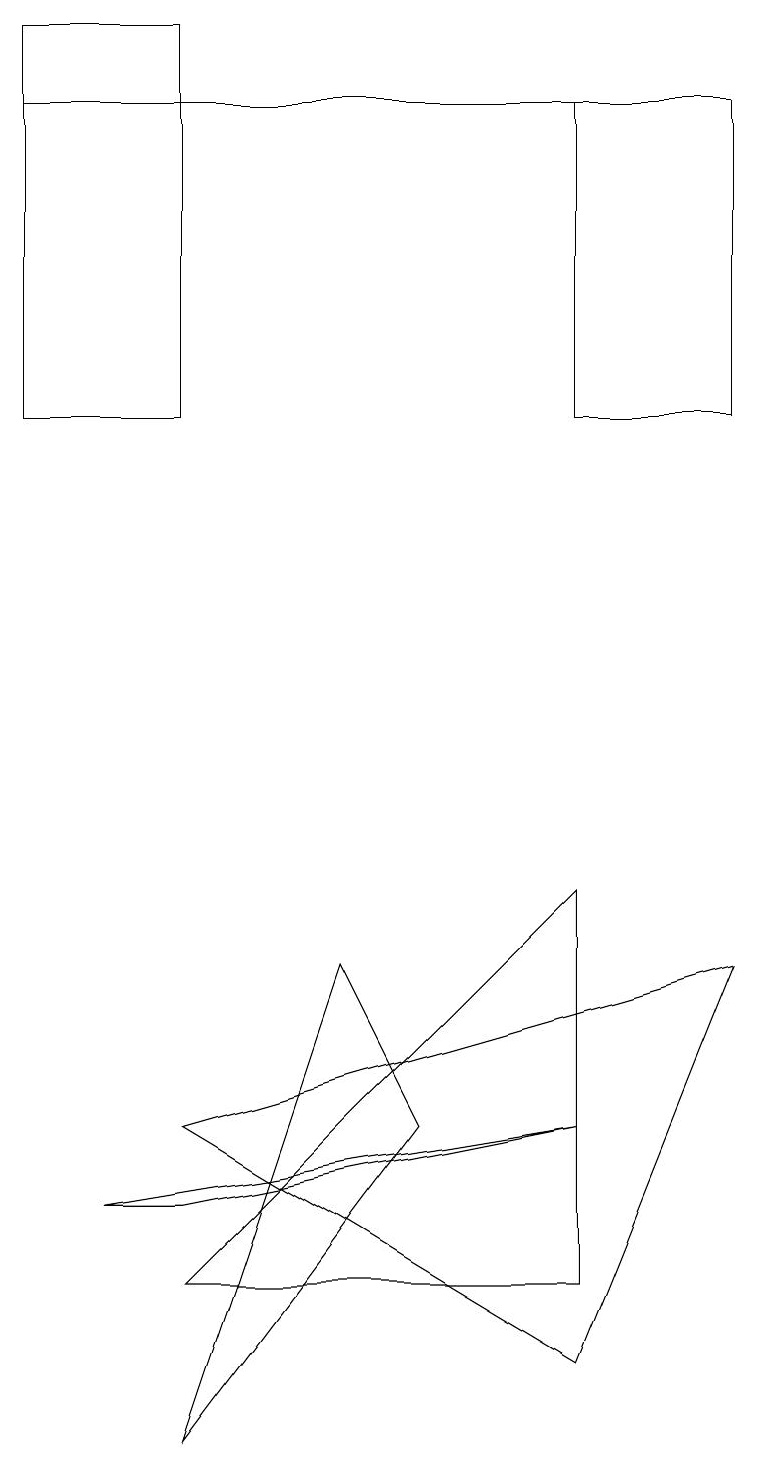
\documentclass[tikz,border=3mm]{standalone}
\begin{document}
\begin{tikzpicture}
\draw (2,14) rectangle (0,19);
\draw (4,7) -- (5,5) -- (2,1) -- cycle;
\draw (7,8) -- (7,3) -- (2,3) -- cycle;
\draw (1,4) -- (2,4) -- (7,5) -- cycle;
\draw (0,18) rectangle (9,18);
\draw (9,7) -- (2,5) -- (7,2) -- cycle;
\draw (7,14) rectangle (9,18);
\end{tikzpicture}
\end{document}